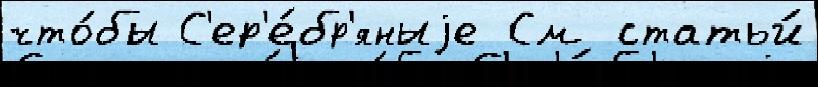
что́бы С'ер'е́бр'яныjе См статьи́